Subject: physics
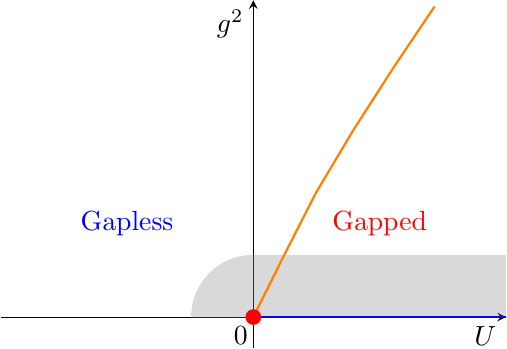
LaTeX code:
\begin{tikzpicture}
  \begin{axis}[
    axis lines=middle,
    xlabel={$U$},
    ylabel={$g^2$},
    xlabel style={at={(ticklabel* cs:1)}, anchor=north east},
    ylabel style={at={(ticklabel* cs:1)}, anchor=north east},
    xmin=-2, xmax=2,
    ymin=-0.5, ymax=5.1,
    xtick=\empty, ytick=\empty,
    width=8cm,
    height=6cm
    ]

    \fill[gray, opacity=0.3, rounded corners=0mm] (axis cs:0,0) rectangle (axis cs:2,1);

    \begin{scope}
      \clip (axis cs:0,0) rectangle (axis cs:-2,2); % Clipping to first quadrant
      \fill[gray, opacity=0.3] (axis cs:0,0) circle (0.79cm); % Quarter-circle shadow
    \end{scope}

    \addplot[orange, thick] coordinates {
      (0, 0)
      (0.24484963, 1)
      (0.49582378, 2)
      (0.78887172, 3)
      (1.1046641, 4)
      (1.43500144, 5)
    };

    \draw[blue, thick] (axis cs:0,0) -- (axis cs:2,0);

    \node[red, circle, fill, inner sep=2pt] at (axis cs:0,0) {};

    \node at (axis cs:-0.1, -0.3) {0};
    \node[red] at (axis cs:1, 1.5) {Gapped};
    \node[blue] at (axis cs:-1, 1.5) {Gapless};
  \end{axis}
\end{tikzpicture}